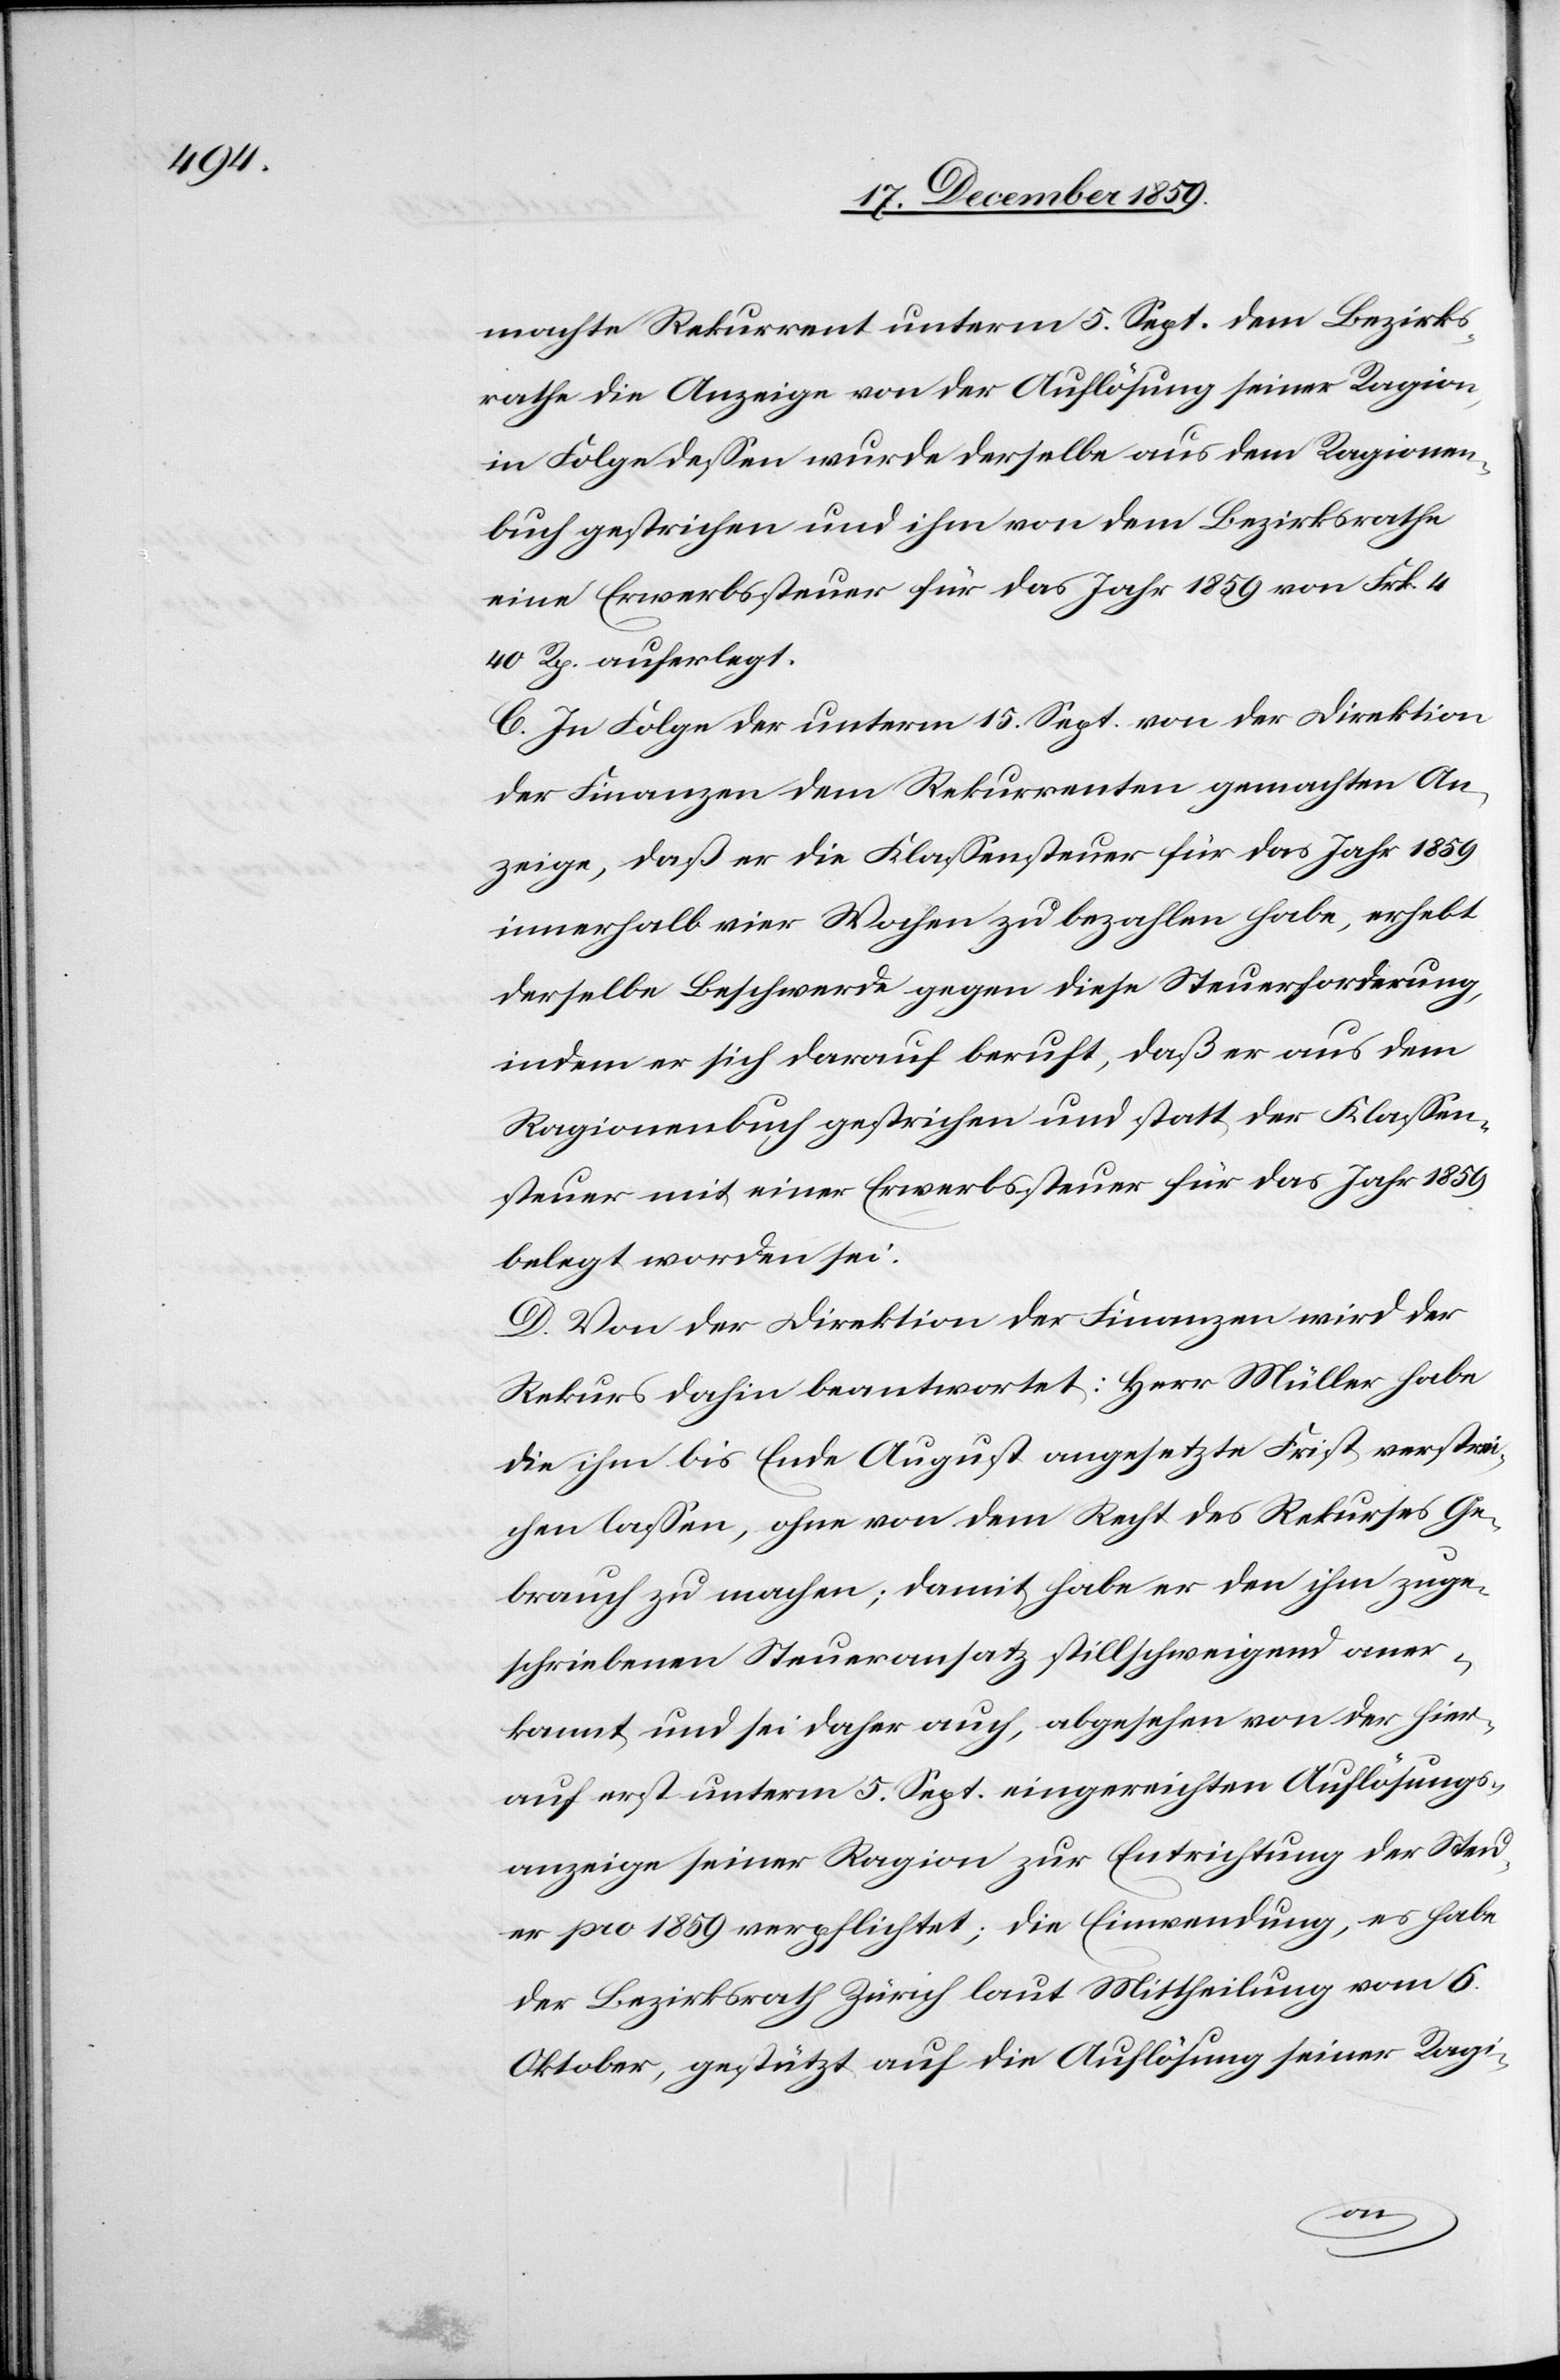
machte Rekurrent unterm 5. Sept. dem Bezirks¬
rathe die Anzeige von der Auflösung seiner Ragion,
in Folge dessen wurde derselbe aus dem Ragionen¬
buch gestrichen und ihm von dem Bezirksrathe
eine Erwerbssteuer für das Jahr 1859 von Frk. 4
40 Rp. auferlegt.
C. In Folge der unterm 15. Sept. von der Direktion
der Finanzen dem Rekurrenten gemachten An¬
zeige, daß er die Klassensteuer für das Jahr 1859
innerhalb vier Wochen zu bezahlen habe, erhebt
derselbe Beschwerde gegen diese Steuerforderung,
indem er sich darauf beruft, daß er aus dem
Ragionenbuch gestrichen und statt der Klassen¬
steuer mit einer Erwerbssteuer für das Jahr 1859
belegt worden sei.
D. Von der Direktion der Finanzen wird der
Rekurs dahin beantwortet; Herr Müller habe
die ihm bis Ende August angesetzte Frist verstrei¬
chen lassen, ohne von dem Recht des Rekurses Ge¬
brauch zu machen; damit habe er den ihm zuge¬
schriebenen Steueransatz stillschweigend aner¬
kannt und sei daher auch, abgesehen von der hier¬
aus erst unterm 5. Sept. eingereichten Auflösungs¬
anzeige seiner Ragion zur Entrichtung der Steu¬
er pro 1859 verpflichtet; die Einwendung, es habe
der Bezirksrath Zürich laut Mittheilung vom 6.
Oktober, gestützt auf die Auflösung seiner Ragi-